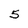
Character: 5